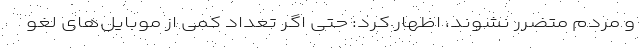
و مردم متضرر نشوند، اظهار کرد: حتی اگر تعداد کمی از موبایل‌های لغو